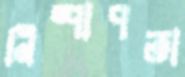
নিষ্পাপতা